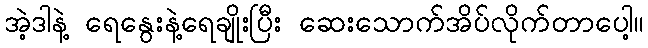
အဲ့ဒါနဲ့ ရေနွေးနဲ့ရေချိုးပြီး ဆေးသောက်အိပ်လိုက်တာပေါ့။